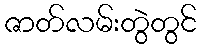
ဇာတ်လမ်းတွဲတွင်